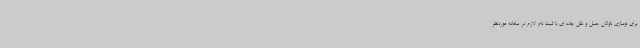
برای نوسازی ناوگان حمل و نقل جاده ای با ثبت نام لازم در سامانه موردنظر